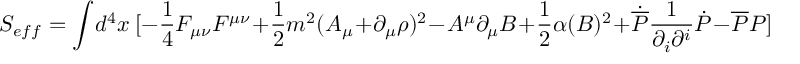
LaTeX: S _ { e f f } = \int \! d ^ { 4 } x ~ [ - \frac { 1 } { 4 } F _ { \mu \nu } F ^ { \mu \nu } + \frac { 1 } { 2 } m ^ { 2 } ( A _ { \mu } + \partial _ { \mu } \rho ) ^ { 2 } - A ^ { \mu } \partial _ { \mu } B + \frac { 1 } { 2 } \alpha ( B ) ^ { 2 } + \dot { { \overline { { { \cal P } } } } } \frac { 1 } { \partial _ { i } \partial ^ { i } } \dot { { \cal P } } - { \overline { { { \cal P } } } } { \cal P } ]